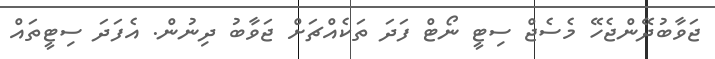
ޖަވާބުދޭންޖެހޭ މެސެޖް ސިޓީ ނޯޓް ފަދަ ތަކެއްޗަށް ޖަވާބު ދިނުން. އެފަދަ ސިޓީތައް